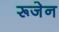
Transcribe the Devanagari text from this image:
रूजेन